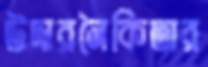
উদারনৈকিতার